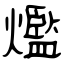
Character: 爁